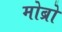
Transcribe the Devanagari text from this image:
मोब्रो